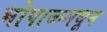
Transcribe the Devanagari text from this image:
भोपाळमधून